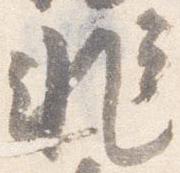
非